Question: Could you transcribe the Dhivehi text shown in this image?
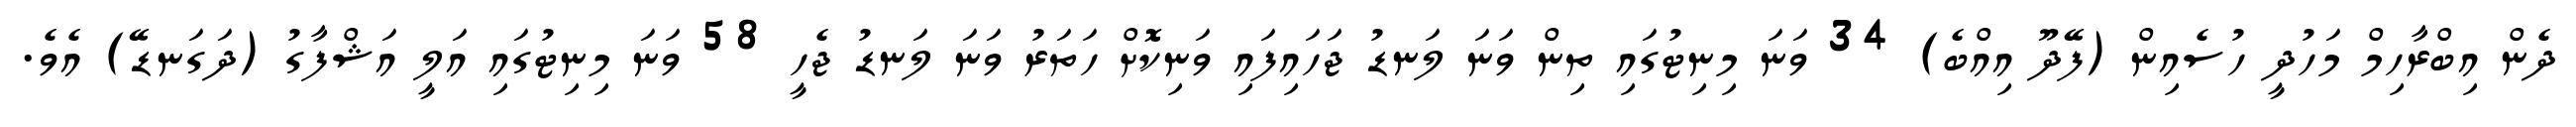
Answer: ދެން އިބްރާހިމް މަހުދީ ހުސެއިން (ފޭދޫ އިއްބެ) 34 ވަނަ މިނިޓުގައި ތިން ވަނަ ލަނޑު ޖަހައިފައި ވަނިކޮށް ހަތަރު ވަނަ ލަނޑު ޖެހީ 58 ވަނަ މިނިޓުގައި އަލީ އަޝްފާގު (ދަގަނޑޭ) އެވެ.